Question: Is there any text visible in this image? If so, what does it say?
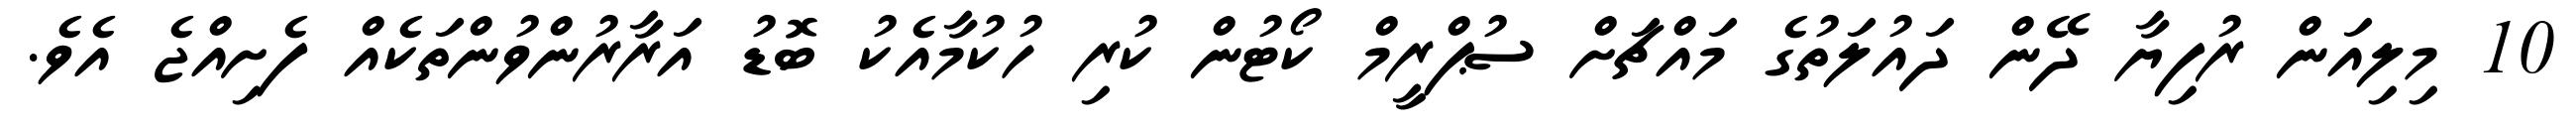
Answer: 10 މިލިއަން ރުފިޔާ ދޭން ދައުލަތުގެ މައްޗަށް ސުޕްރީމް ކޯޓުން ކުރި ހުކުމާއެކު ބޮޑު އަރާރުންވުންތަކެއް ފެށިއްޖެ އެވެ.